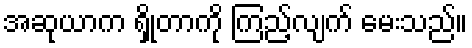
အဆုယာက ရှိုတာကို ကြည့်လျက် မေးသည်။